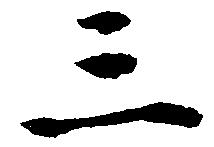
三